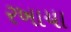
રખાયા